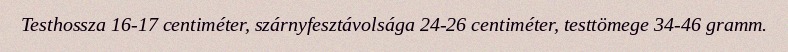
Testhossza 16-17 centiméter, szárnyfesztávolsága 24-26 centiméter, testtömege 34-46 gramm.